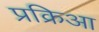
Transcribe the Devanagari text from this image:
प्रक्रिआ